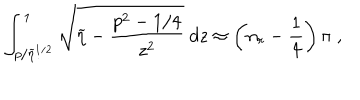
\int _ { p / \widetilde { \eta } ^ { 1 / 2 } } ^ { 1 } \sqrt { \widetilde { \eta } - \frac { p ^ { 2 } - 1 / 4 } { z ^ { 2 } } } \; d z \approx \left( n _ { r } - \frac { 1 } { 4 } \right) \pi \; ,